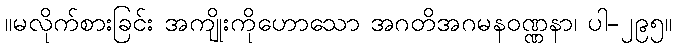
။မလိုက်စားခြင်း အကျိုးကိုဟောသော အဂတိအဂမနဝဏ္ဏနာ၊ ပါ-၂၉၅။